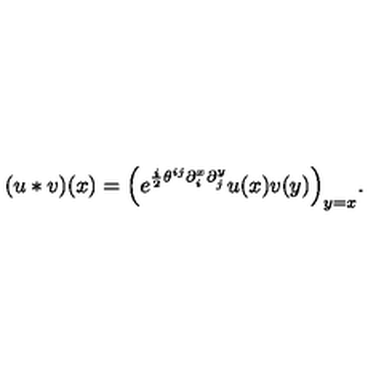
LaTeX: ( u * v ) ( x ) = \Bigl ( e ^ { \frac i 2 \theta ^ { i j } \partial _ { i } ^ { x } \partial _ { j } ^ { y } } u ( x ) v ( y ) \Bigr ) _ { y = x } .